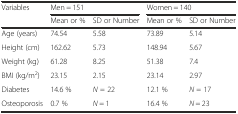
| Variables | <COLSPAN=2> Men = 151 | <COLSPAN=2> Women = 140 |
 |  | Mean or % | SD or Number | Mean or % | SD or Number |
 | --- | --- | --- | --- | --- |
 | Age (years) | 74.54 | 5.58 | 73.89 | 5.14 |
 | Height (cm) | 162.62 | 5.73 | 148.94 | 5.67 |
 | Weight (kg) | 61.28 | 8.25 | 51.38 | 7.4 |
 | BMI (kg/m2) | 23.15 | 2.15 | 23.14 | 2.97 |
 | Diabetes | 14.6 % | N = 22 | 12.1 % | N = 17 |
 | Osteoporosis | 0.7 % | N = 1 | 16.4 % | N = 23 |